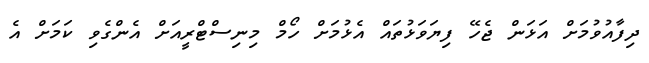
ދިފާއުވުމަށް އަޅަން ޖެހޭ ފިޔަވަޅުތައް އެޅުމަށް ހޯމް މިނިސްޓްރީއަށް އެންގެވި ކަމަށް އެ